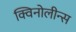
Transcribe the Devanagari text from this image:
क्विनोलीन्स